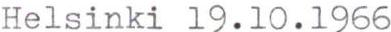
Helsinki 19.10.l966